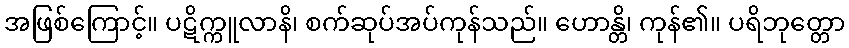
အဖြစ်ကြောင့်။ ပဋိက္ကူလာနိ၊ စက်ဆုပ်အပ်ကုန်သည်။ ဟောန္တိ၊ ကုန်၏။ ပရိဘုတ္တော